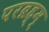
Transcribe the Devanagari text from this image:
परब्रह्म्